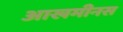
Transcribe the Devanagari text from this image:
आखमीनस